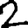
Digit: 2